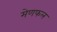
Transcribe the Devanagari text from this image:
मेणफल